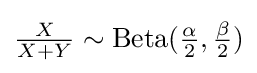
{\tfrac {X}{X+Y}}\sim \operatorname {Beta} ({\tfrac {\alpha }{2}},{\tfrac {\beta }{2}})